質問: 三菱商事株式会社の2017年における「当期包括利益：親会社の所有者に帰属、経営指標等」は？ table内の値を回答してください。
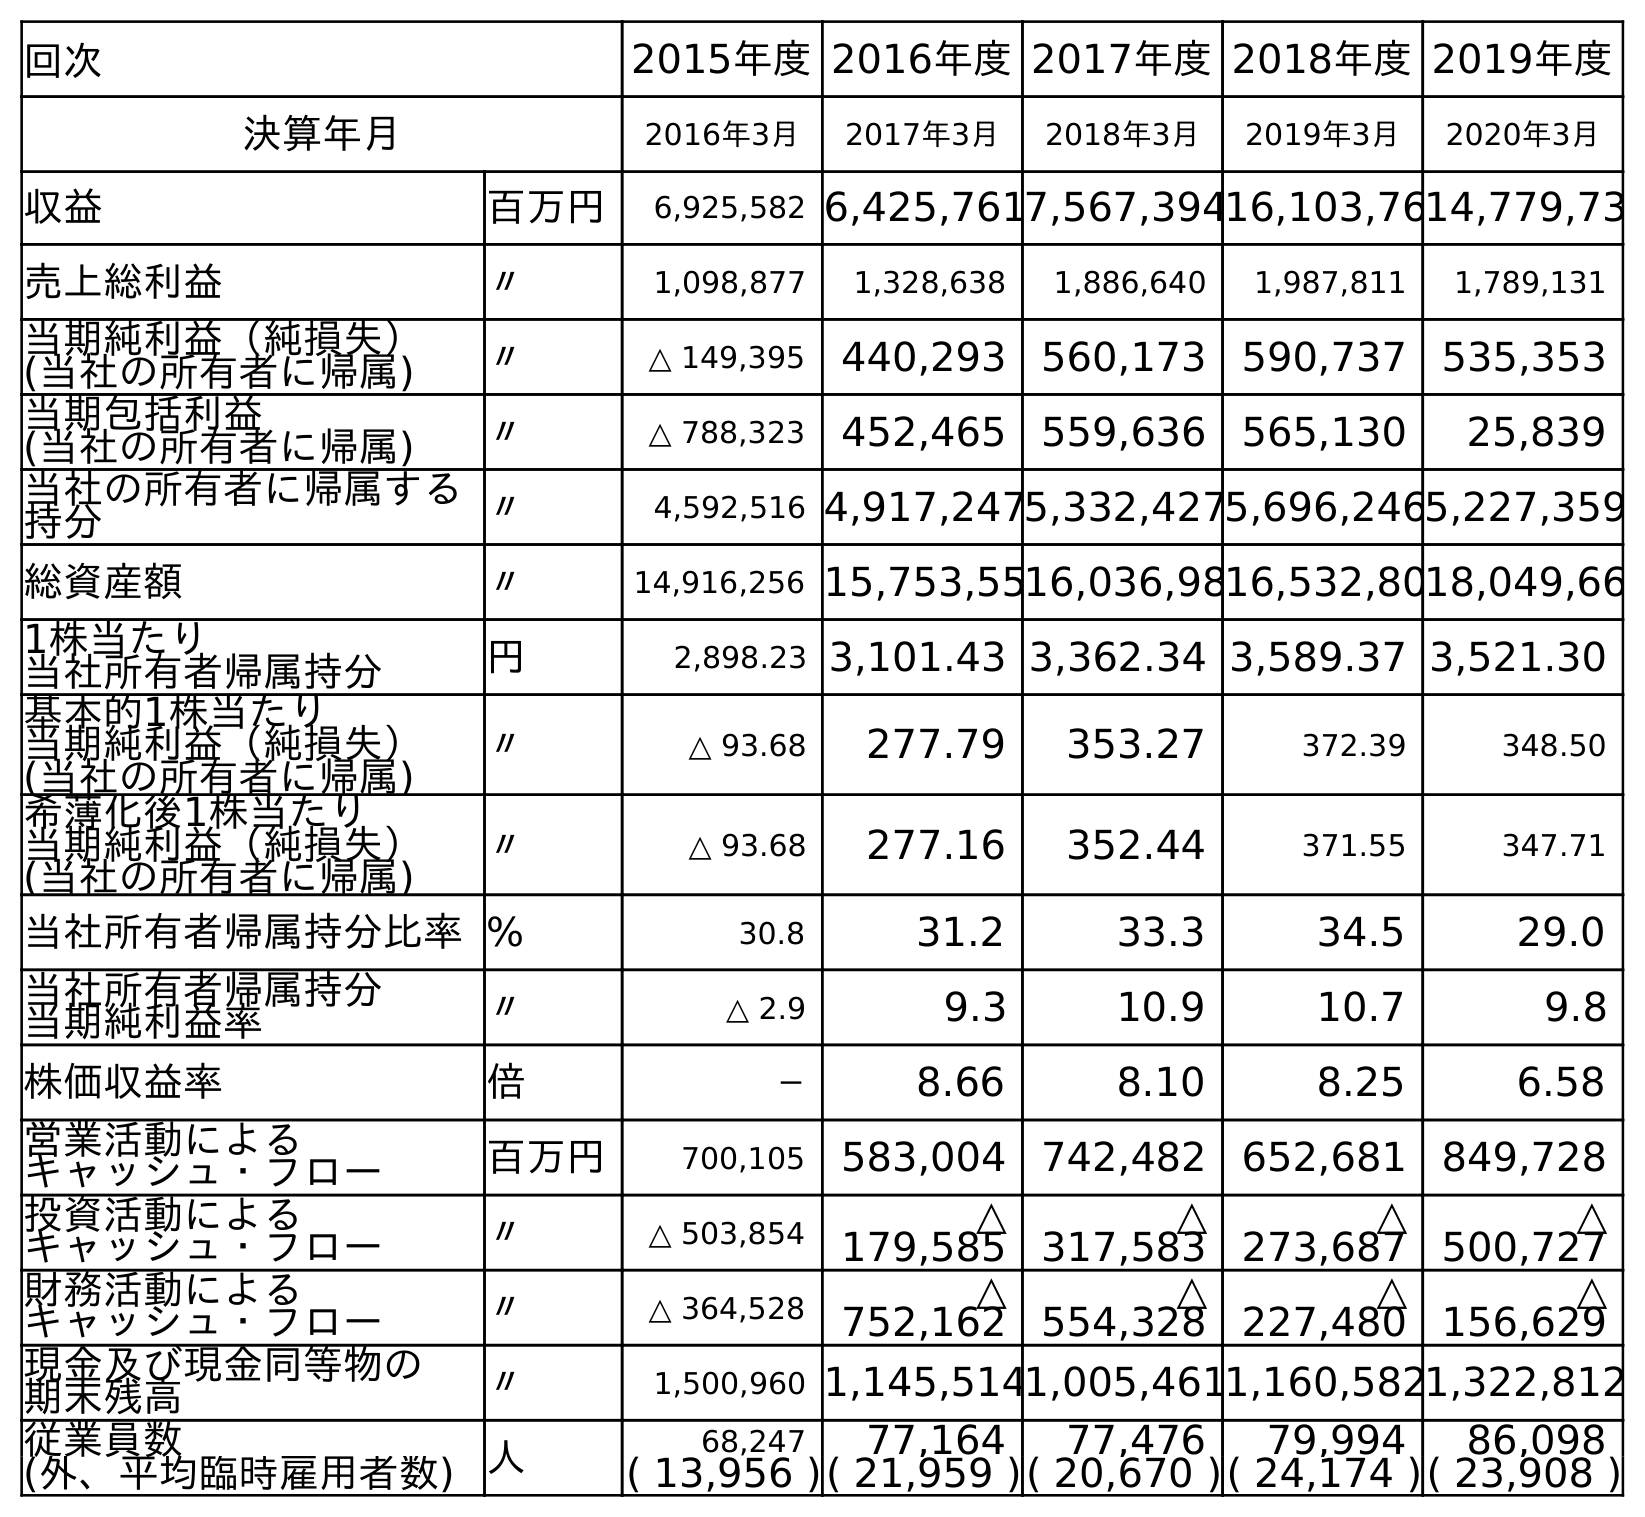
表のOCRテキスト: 回次 2015年度2016年度2017年度2018年度2019年度 決算年月 2016年3月 2017年3月 2018年3月 2019年3月 2020年3月 収益 百万円 6,925,582 6,425,7617,567,39416,103,7614,779,73 売上総利益 〃 1,098,877 1,328,638 1,886,640 1,987,811 1,789,131 当期純利益（純損失） (当社の所有者に帰属) 〃 △ 149,395 440,293 560,173 590,737 535,353 当期包括利益 (当社の所有者に帰属) 〃 △ 788,323 452,465 559,636 565,130 25,839 当社の所有者に帰属する 持分 〃 4,592,516 4,917,2475,332,4275,696,2465,227,359 総資産額 〃 14,916,256 15,753,5516,036,9816,532,8018,049,66 1株当たり 当社所有者帰属持分 円 2,898.23 3,101.43 3,362.34 3,589.37 3,521.30 基本的1株当たり 当期純利益（純損失） (当社の所有者に帰属) 〃 △ 93.68 277.79 353.27 372.39 348.50 希薄化後1株当たり 当期純利益（純損失） (当社の所有者に帰属) 〃 △ 93.68 277.16 352.44 371.55 347.71 当社所有者帰属持分比率% 30.8 31.2 33.3 34.5 29.0 当社所有者帰属持分 当期純利益率 〃 △ 2.9 9.3 10.9 10.7 9.8 株価収益率 倍 － 8.66 8.10 8.25 6.58 営業活動による キャッシュ・フロー 百万円 700,105 583,004 742,482 652,681 849,728 投資活動による キャッシュ・フロー 〃 △ 503,854 △ 179,585 △ 317,583 △ 273,687 △ 500,727 財務活動による キャッシュ・フロー 〃 △ 364,528 △ 752,162 △ 554,328 △ 227,480 △ 156,629 現金及び現金同等物の 期末残高 〃 1,500,960 1,145,5141,005,4611,160,5821,322,812 従業員数 人 68,247 77,164 77,476 79,994 86,098 (外、平均臨時雇用者数) ( 13,956 )( 21,959 )( 20,670 )( 24,174 )( 23,908 )
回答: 452,465